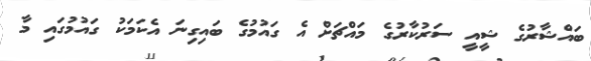
ބައްޝާރުގެ ޝީއީ ސަރުކާރުގެ މައްޗަށް އެ ގައުމުގެ ބައިގިނަ އެކަމަކު ގައުމުގައި މާ